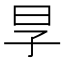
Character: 㫗